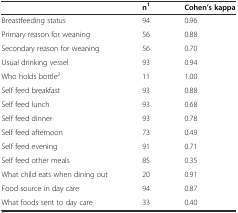
|  | n1 | Cohen’s kappa |
 | --- | --- | --- |
 | Breastfeeding status | 94 | 0.96 |
 | Primary reason for weaning | 56 | 0.88 |
 | Secondary reason for weaning | 56 | 0.70 |
 | Usual drinking vessel | 93 | 0.94 |
 | Who holds bottle2 | 11 | 1.00 |
 | Self feed breakfast | 93 | 0.88 |
 | Self feed lunch | 93 | 0.68 |
 | Self feed dinner | 93 | 0.78 |
 | Self feed afternoon | 73 | 0.49 |
 | Self feed evening | 91 | 0.71 |
 | Self feed other meals | 85 | 0.35 |
 | What child eats when dining out | 20 | 0.91 |
 | Food source in day care | 94 | 0.87 |
 | What foods sent to day care | 33 | 0.40 |